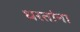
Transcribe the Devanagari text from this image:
धरतांना